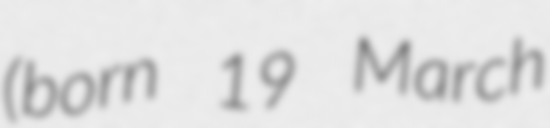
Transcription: (born 19 March